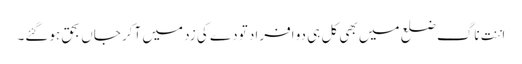
اننت ناگ ضلع میں بھی کل ہی دو افراد تودے کی زد میں آکر جاں بحق ہوگئے۔